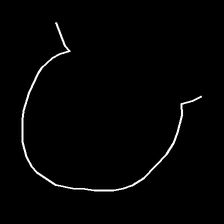
Glyph: weave